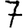
Digit: 7